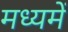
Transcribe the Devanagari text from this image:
मध्यमें